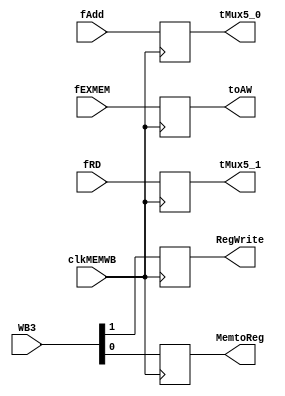
`timescale 1ns/1ns

module MEMWB(
	input clkMEMWB,
	input [1:0]WB3,
	input [4:0]fEXMEM,
	input [31:0]fRD,
	input [31:0]fAdd,
	output reg RegWrite, 
	output reg MemtoReg,
	output reg [4:0]toAW,
	output reg [31:0]tMux5_1,
	output reg [31:0]tMux5_0
);

always @(posedge clkMEMWB) 
begin
	RegWrite = WB3[1];
	MemtoReg = WB3[0];
	tMux5_0 = fAdd;
	tMux5_1 = fRD;
	toAW = fEXMEM;
end

endmodule